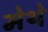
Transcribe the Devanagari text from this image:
मेथे